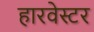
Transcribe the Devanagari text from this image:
हारवेस्टर